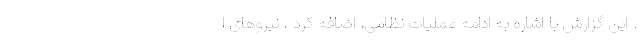
. این گزارش با اشاره به ادامه عملیات نظامی، اضافه کرد ، نیروهای ا